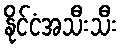
နိုင်ငံအသီးသီး